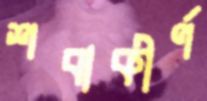
শবাকীর্ণ